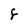
Character: F